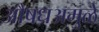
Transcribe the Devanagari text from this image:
औषधअमुळे